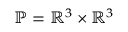
\mathbb { P } = \mathbb { R } ^ { 3 } \times \mathbb { R } ^ { 3 }